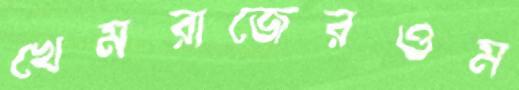
খেমরাজেরওম